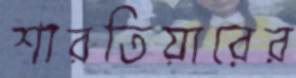
শারতিয়ারের